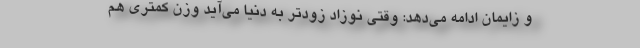
و زایمان ادامه می‌دهد: وقتی نوزاد زودتر به دنیا می‌آید وزن کمتری هم